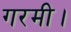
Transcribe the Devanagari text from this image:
गरमी।